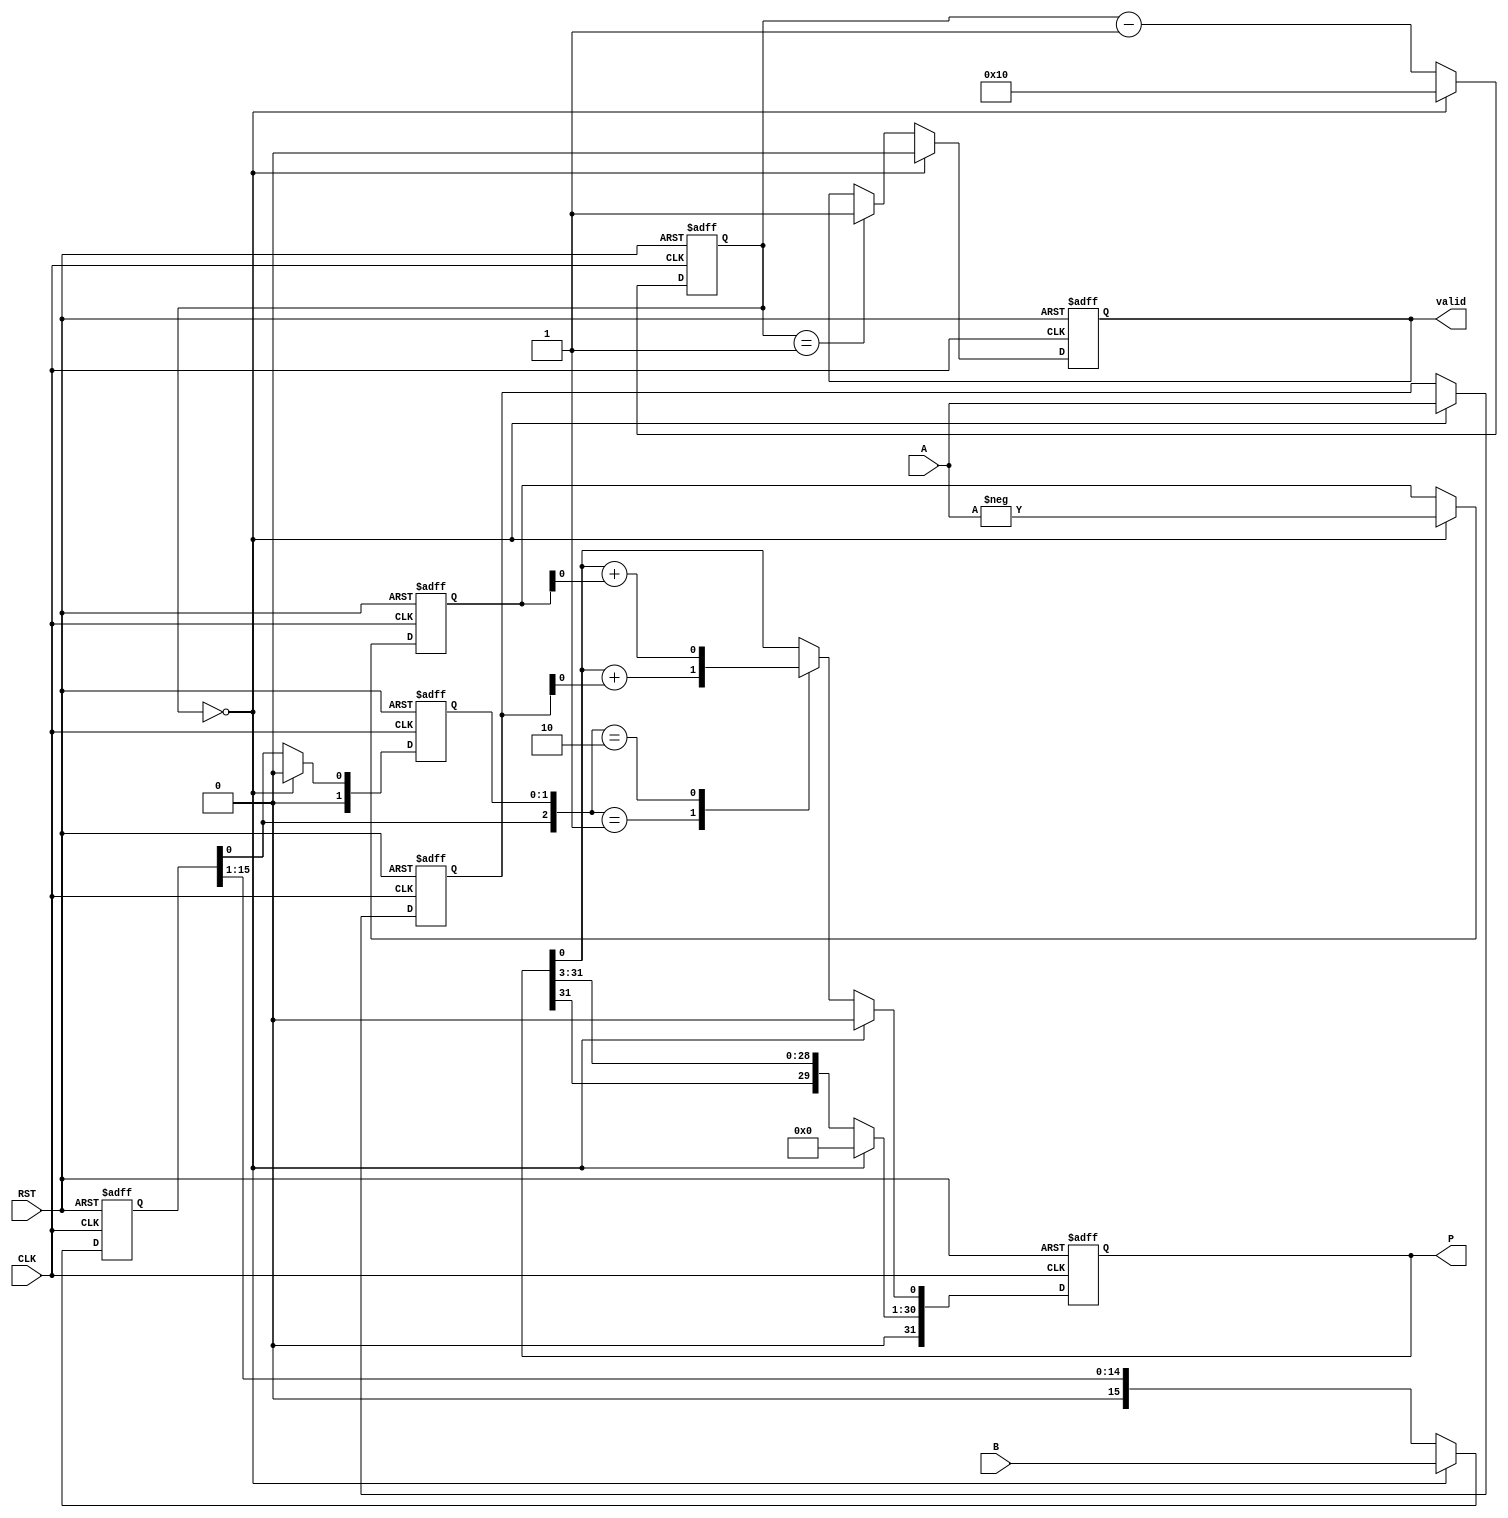
module modified_booth_multiplier (
    input signed [15:0] A,      // Multiplicand
    input signed [15:0] B,      // Multiplier
    input CLK,                  // Clock signal
    input RST,                  // Reset signal
    output reg signed [31:0] P,  // Product
    output reg valid             // Valid signal
);

    reg signed [15:0] M;         // Multiplicand register
    reg signed [15:0] Q;         // Multiplier register
    reg signed [31:0] A_neg;     // Negated multiplicand
    reg [4:0] count;             // Count register
    reg [1:0] Q_1;               // Previous bit of Q

    // Initialize registers on reset
    always @(posedge CLK or posedge RST) begin
        if (RST) begin
            P <= 0;
            M <= 0;
            Q <= 0;
            A_neg <= 0;
            count <= 0;
            Q_1 <= 0;
            valid <= 0;
        end else begin
            // Load values and initialize
            if (count == 0) begin
                M <= A;                // Load multiplicand
                Q <= B;                // Load multiplier
                A_neg <= -A;           // Negated multiplicand
                count <= 16;           // Set count to bit-width of B
                P <= 0;                // Initialize product
                Q_1 <= 0;              // Initialize previous bit
                valid <= 0;            // Reset valid signal
            end else begin
                // Booth's algorithm processing
                case ({Q[0], Q_1})
                    2'b00: begin
                        // Do nothing
                    end
                    2'b01: begin
                        // Add M to P
                        P <= P + M;
                    end
                    2'b10: begin
                        // Subtract M from P
                        P <= P + A_neg;
                    end
                    2'b11: begin
                        // Do nothing
                    end
                endcase

                // Shift right: P = P >> 1, Q = Q >> 1
                {P[31:1], Q[0]} <= {P[31], P[31:1]} >> 1; // Shift P and Q
                Q <= Q >> 1; // Shift Q
                Q_1 <= Q[0]; // Update previous bit

                // Decrement count
                count <= count - 1;

                // Check if multiplication is complete
                if (count == 1) begin
                    valid <= 1; // Set valid signal
                end
            end
        end
    end

endmodule